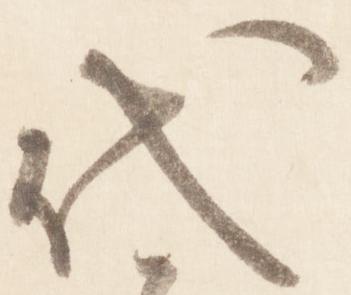
代